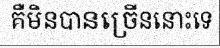
គឺមិនបានច្រើននោះទេ